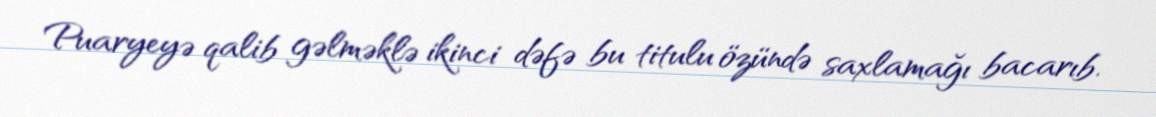
Puaryeyə qalib gəlməklə ikinci dəfə bu titulu özündə saxlamağı bacarıb.